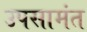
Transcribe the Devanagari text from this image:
उपसामंत